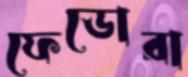
ফেডোরা